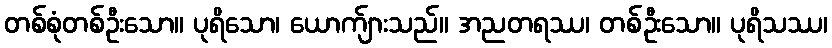
တစ်စုံတစ်ဦးသော။ ပုရိသော၊ ယောက်ျားသည်။ အညတရဿ၊ တစ်ဦးသော။ ပုရိသဿ၊